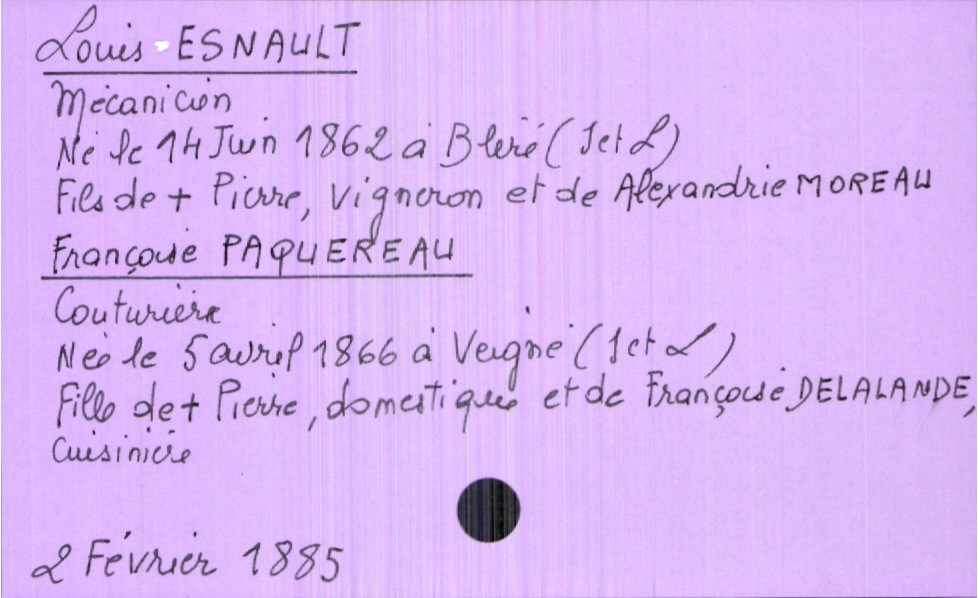
type_acte: Mariage
année: 1885
mois: février
jour: 2
marié_nom: Esnault
marié_prénom: Louis
marié_profession: mécanicien
marié_date_de_naissance: 14 juin 1862
marié_lieu_de_naissance: Bléré (Indre et Loire)
père_marié_nom: Esnault
père_marié_prénom: Pierre
père_marié_profession: vigneron
père_marié_statut: décédé
mère_marié_nom: Moreau
mère_marié_prénom: Alexandrie
mariée_nom: Paquereau
mariée_prénom: Françoise
mariée_profession: couturière
mariée_date_de_naissance: 5 avril 1866
mariée_lieu_de_naissance: Veigné (Indre et Loire)
père_mariée_nom: Paquereau
père_mariée_prénom: Pierre
père_mariée_profession: domestique
père_mariée_statut: décédé
mère_mariée_nom: Delalande
mère_mariée_prénom: Françoise
mère_mariée_profession: cuisinière